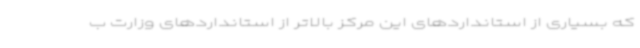
که بسیاری از استانداردهای این مرکز بالاتر از استانداردهای وزارت ب